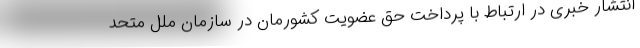
انتشار خبری در ارتباط با پرداخت حق عضویت کشورمان در سازمان ملل متحد